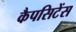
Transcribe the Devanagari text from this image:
कैपसिटेंस